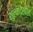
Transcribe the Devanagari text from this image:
शुल्कदेखील